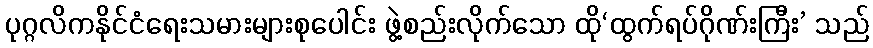
ပုဂ္ဂလိကနိုင်ငံရေးသမားများစုပေါင်း ဖွဲ့စည်းလိုက်သော ထို‘ထွက်ရပ်ဂိုဏ်းကြီး’ သည်